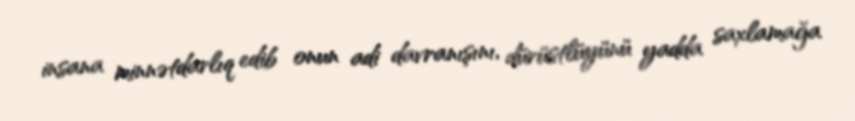
insana minnətdarlıq edib onun adi davranışını, dürüstlüyünü yadda saxlamağa